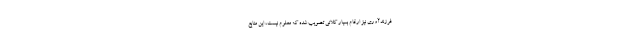
فرزندآوری نیز ارقام بسیار کلانی تصویب شده که معلوم نیست، این منابع